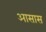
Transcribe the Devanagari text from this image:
आसास